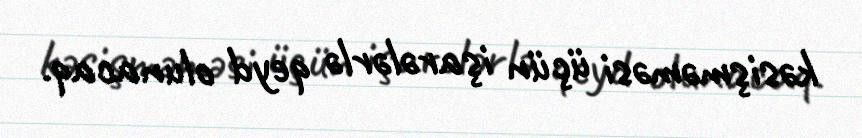
kəsişməməsi üçün işarələrlə qeyd olunacaq.